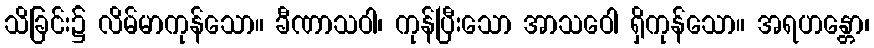
သိခြင်း၌ လိမ်မာကုန်သော။ ခီဏာသဝါ၊ ကုန်ပြီးသော အာသဝေါ ရှိကုန်သော။ အရဟန္တော၊